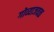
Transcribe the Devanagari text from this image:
गोव्याजवळ